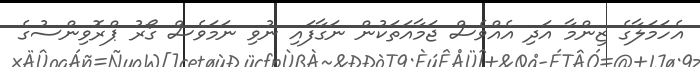
އެހަމަލާގެ ޒިންމާ އަދި އެއްވެސް ޖަމާއަތަކުން ނަގާފައި ނުވި ނަމަވެސް ގޯރު ޕްރޮވިންސުގެ